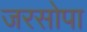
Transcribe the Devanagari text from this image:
जरसोपा